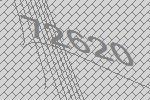
72620